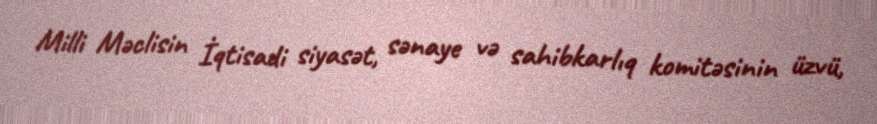
Milli Məclisin İqtisadi siyasət, sənaye və sahibkarlıq komitəsinin üzvü,